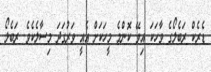
ޑެރެކް ރަބެލޯގެ ވާހަކަ އިވޭ ކޮންމެ މީހަކަށް އެއީ ވަރުގަދަ މިސާލެކެވެ. ރަބެލޯ